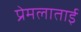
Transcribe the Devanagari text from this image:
प्रेमलाताई